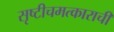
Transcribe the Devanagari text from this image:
सृष्टीचमत्काराची